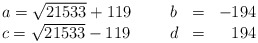
\begin{align*}\left. \begin{array}{llllr}a = \sqrt{21533} + 119 \, & \,\,\,& b & = & - 194 \\c = \sqrt{21533} - 119 \, & \,\,\,& d & = & 194\end{array}\right.\end{align*}